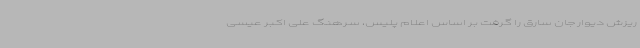
ریزش دیوار جان سارق را گرفت بر اساس اعلام پلیس، سرهنگ علی اکبر عیسی